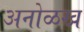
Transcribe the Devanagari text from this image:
अनोळख